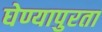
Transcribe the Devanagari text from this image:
घेण्यापुरता